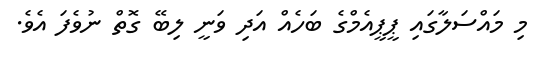
މި މައްސަލާގައި ޕީޕީއެމްގެ ބަހެއް އަދި ވަނީ ލިބޭ ގޮތް ނުވެފަ އެވެ.